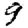
Digit: 9